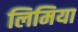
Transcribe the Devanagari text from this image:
लिमिया